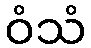
ဝံသံ